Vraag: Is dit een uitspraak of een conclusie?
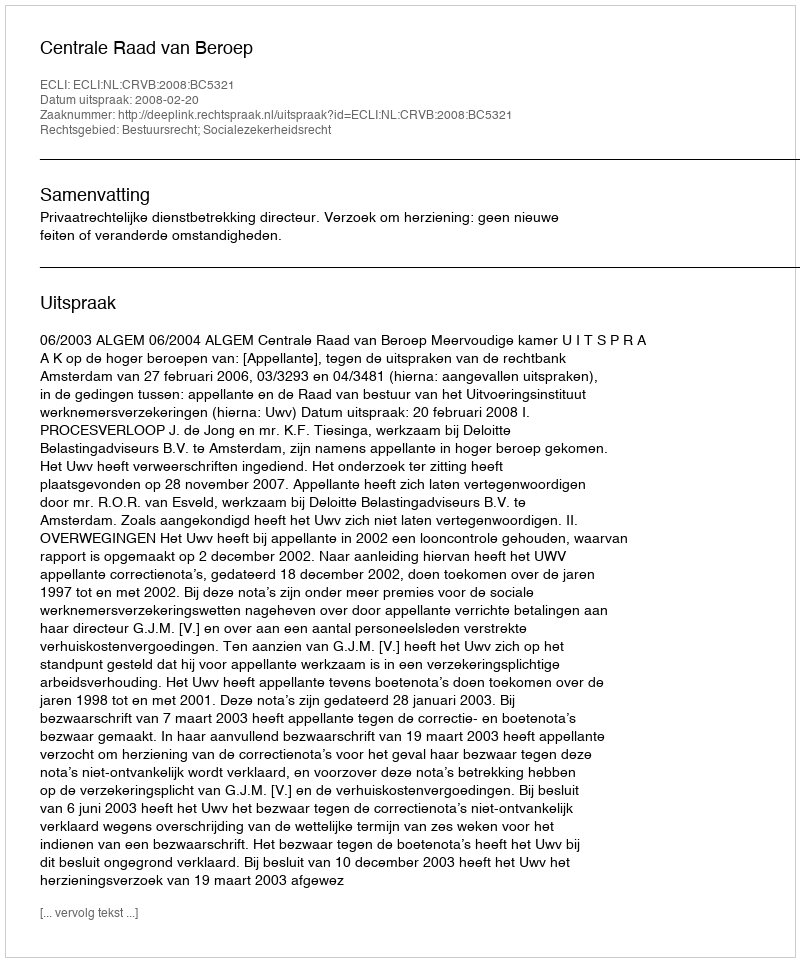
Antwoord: Uitspraak